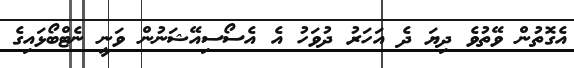
އެގޮތުން ވޭތުވެ ދިޔަ ދެ އަހަރު ދުވަހު އެ އެސޯސިއޭޝަނުން ވަނީ ނެޓްބޯޅައިގެ